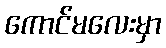
ကောင်မလေးမှာ